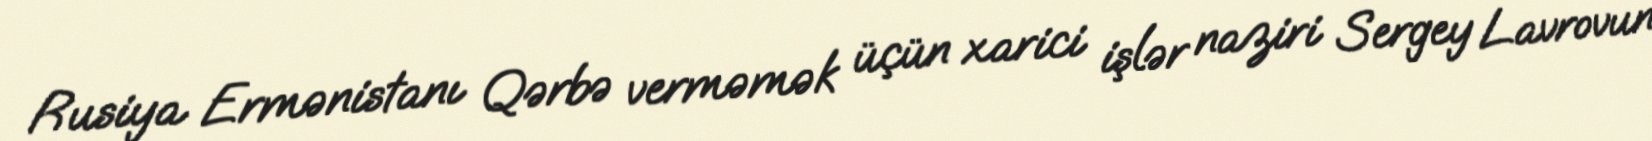
Rusiya Ermənistanı Qərbə verməmək üçün xarici işlər naziri Sergey Lavrovun